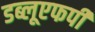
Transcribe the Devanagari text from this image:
डब्लूएफपी